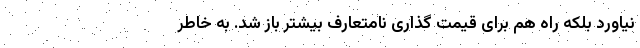
نیاورد بلکه راه هم برای قیمت گذاری نامتعارف بیشتر باز شد. به خاطر